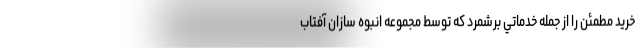
خريد مطمئن را از جمله خدماتي برشمرد كه توسط مجموعه انبوه سازان آفتاب